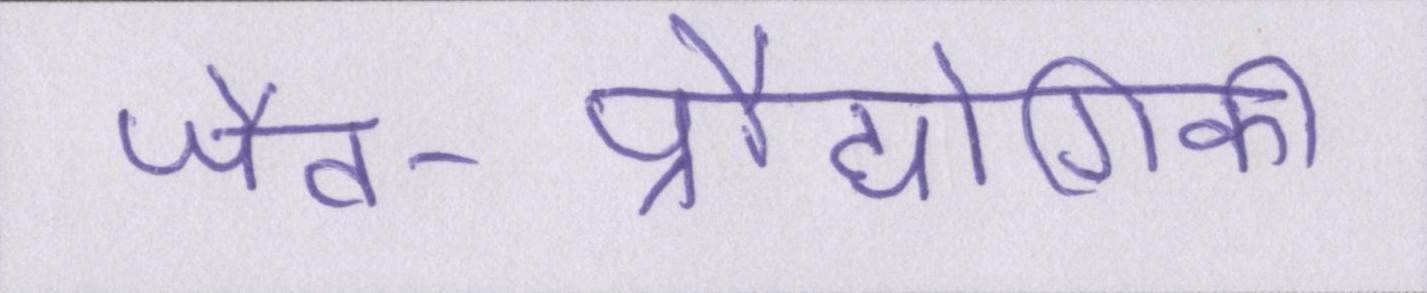
जैव-प्रौद्योगिकी